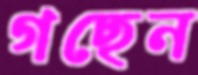
গছেন